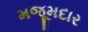
મજૂમદાર